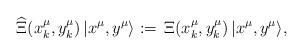
LaTeX: \begin{align*}\widehat{\Xi}(x^\mu_k,y^\mu_k)\,|x^\mu,y^\mu\rangle :=\,\Xi({x}^\mu_k,{y}^\mu_k)\,|x^\mu,y^\mu\rangle,\end{align*}